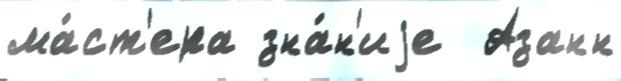
ма́ст'ера зна́н'иjе  Азанн